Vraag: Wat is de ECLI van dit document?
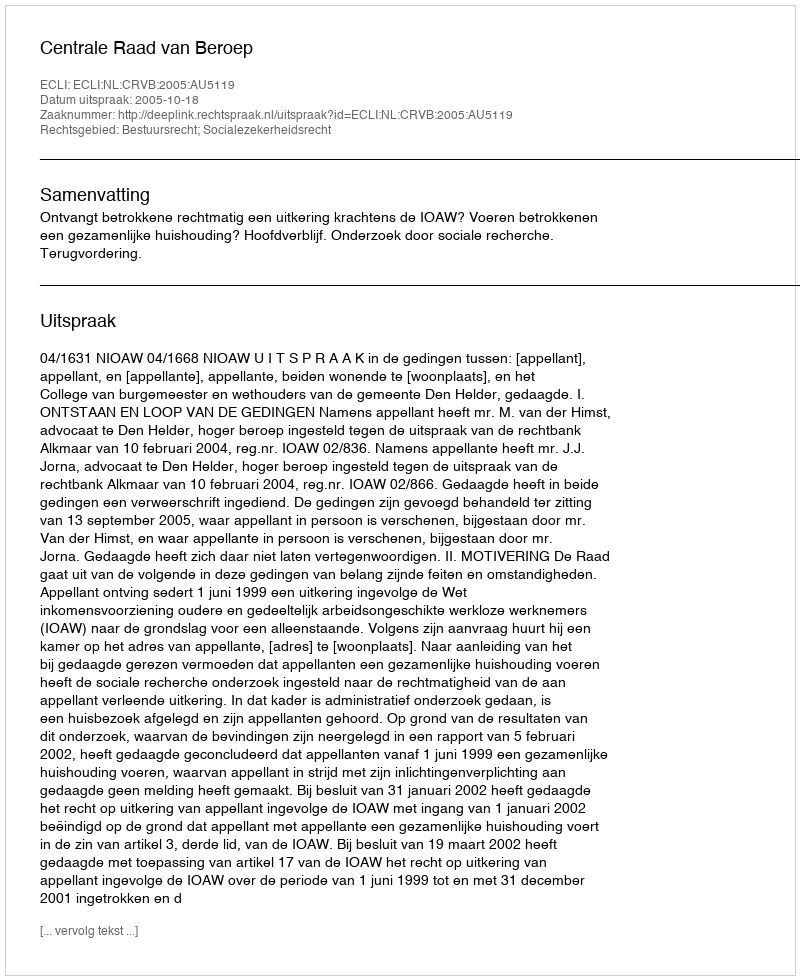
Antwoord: ECLI:NL:CRVB:2005:AU5119